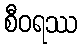
စီဝရဿ